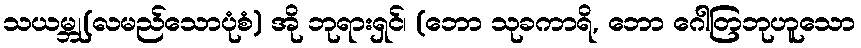
သယမ္ဘု(လမည်သောပုံစံ) အို ဘုရားရှင်၊ (ဘော သုခကာရိ, ဘော ဂေါတြဘုဟူသော